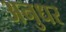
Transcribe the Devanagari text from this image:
अनुधर